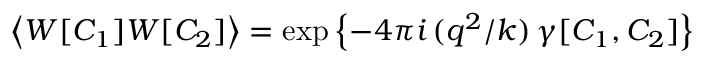
\left\langle W [ C _ { 1 } ] W [ C _ { 2 } ] \right\rangle = \exp \left\{ - 4 \pi i \, ( q ^ { 2 } / k ) \, \gamma [ C _ { 1 } , C _ { 2 } ] \right\}